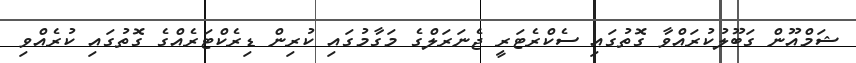
ޝަމްއޫން ގަބޫލުކުރައްވާ ގޮތުގައި ސެކްރެޓަރީ ޖެނަރަލްގެ މަގާމުގައި ކުރިން ޑިރެކްޓަރެއްގެ ގޮތުގައި ކުރެއްވި